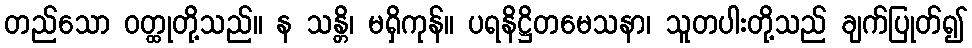
တည်သော ဝတ္ထုတို့သည်။ န သန္တိ၊ မရှိကုန်။ ပရနိဋ္ဌိတမေသနာ၊ သူတပါးတို့သည် ချက်ပြုတ်၍